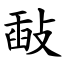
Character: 敮